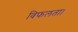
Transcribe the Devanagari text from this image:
विफलता।